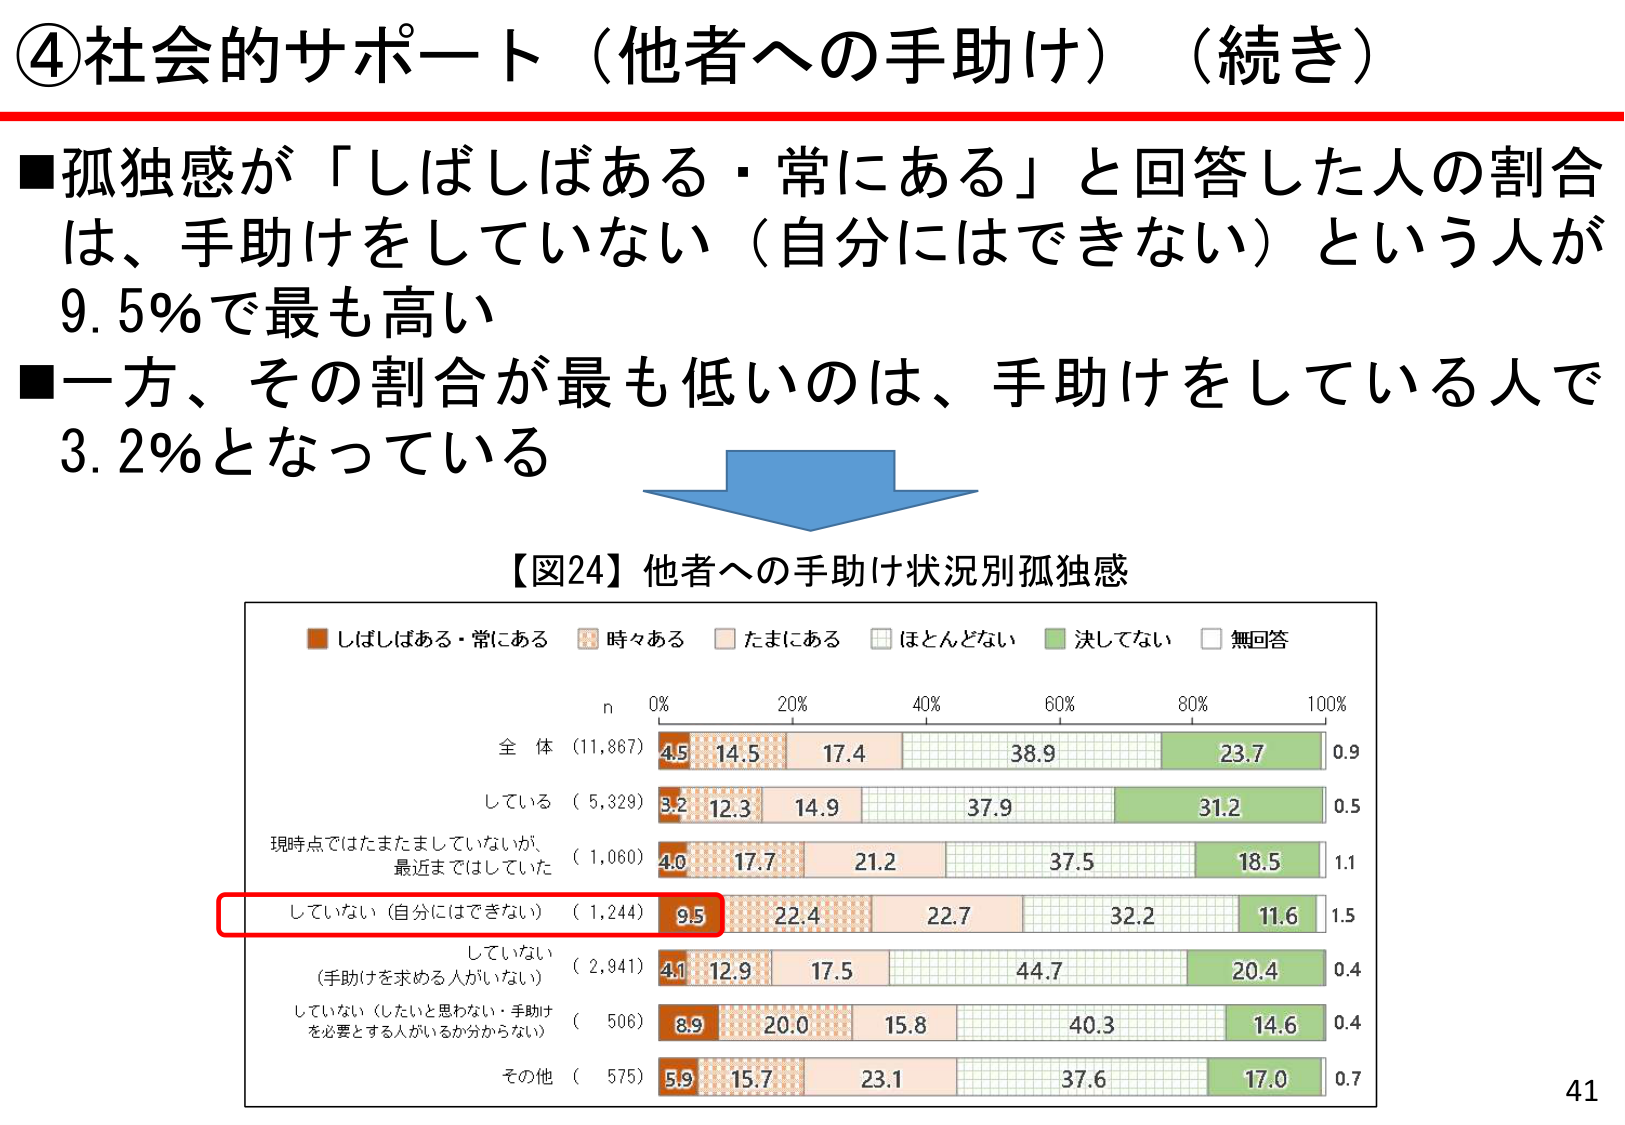
④社会的サポート（他者への手助け）（続き）

■孤独感が「しばしばある・常にある」と回答した人の割合は、手助けをしていない（自分にはできない）という人が9.5%で最も高い
■一方、その割合が最も低いのは、手助けをしている人で3.2%となっている

【図24】他者への手助け状況別孤独感

■しばしばある・常にある　■時々ある　■たまにある　■ほとんどない　■決してない　■無回答

n　0%　20%　40%　60%　80%　100%

全 体（11,867）　4.5　14.5　17.4　38.9　23.7　0.9
している（5,329）　3.2　12.3　14.9　37.9　31.2　0.5
現時点ではたまたましていないが、
最近まではしていた（1,060）　4.0　17.7　21.2　37.5　18.5　1.1
していない（自分にはできない）（1,244）　9.5　22.4　22.7　32.2　11.6　1.5
していない
（手助けを求める人がいない）（2,941）　4.1　12.9　17.5　44.7　20.4　0.4
していない（したいと思わない・手助け
を必要とする人がいるか分からない）（506）　8.9　20.0　15.8　40.3　14.6　0.4
その他（575）　5.9　15.7　23.1　37.6　17.0　0.7

41